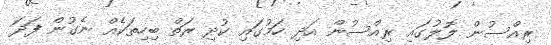
ރިއްސުން ލޮލުގައި ރިއްސުން އަދި ހަމުގައި ކުދި ރަތް ބިހިތަކެއް ނެގުން ފަދަ